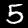
Label: 5